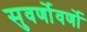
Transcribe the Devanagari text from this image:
सुवर्णोवर्णो